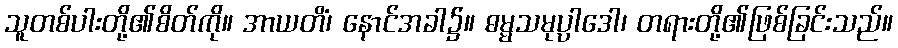
သူတစ်ပါးတို့၏စိတ်ကို။ အာယတိံ၊ နောင်အခါ၌။ ဓမ္မသမုပ္ပါဒေါ၊ တရားတို့၏ဖြစ်ခြင်းသည်။